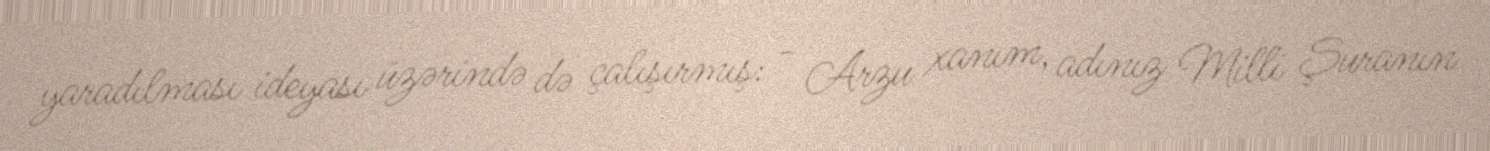
yaradılması ideyası üzərində də çalışırmış: - Arzu xanım, adınız Milli Şuranın